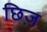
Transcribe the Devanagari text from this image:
छिज़